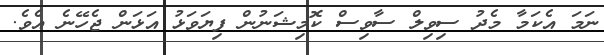
ނަމަ އެކަމާ މެދު ސިވިލް ސާވިސް ކޮމިޝަނުން ފިޔަވަޅު އަޅަން ޖެހޭނެ އެވެ.